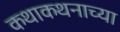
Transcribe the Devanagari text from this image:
कथाकथनाच्या